Leaving Certificate Examination (including Day School Certificate (Higher) General paper), 1939
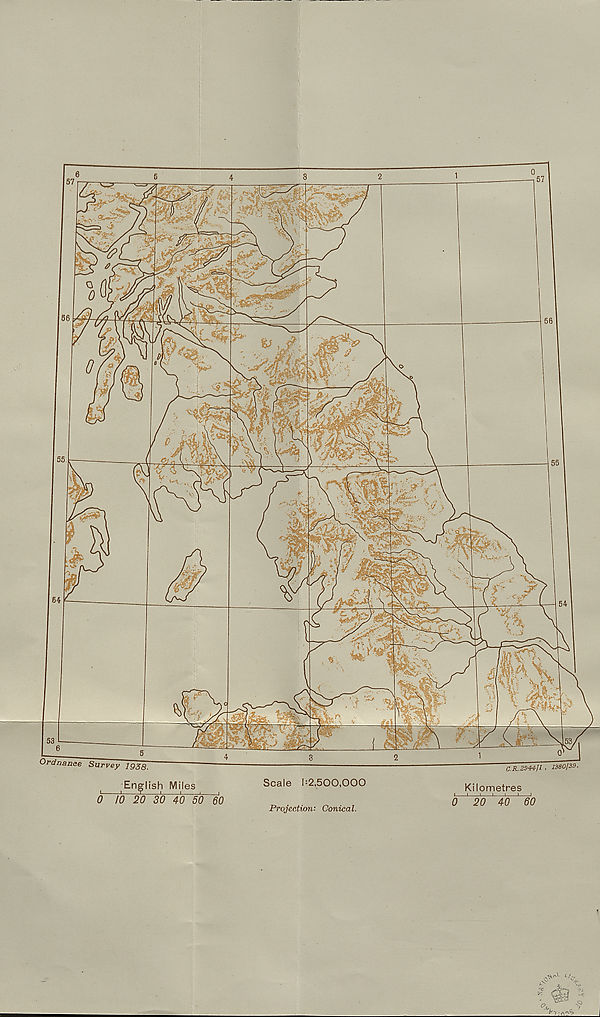
C.R..2944]! . 1380139.
Ordnance Survey igsg.
English Miles
0 10 20 30 40 50 60
Scale 1=2,500,000
Kilometres
0 ' 20 ' 40 ' 60
£ / o
CV
c .
■ fi 1
Projection: Conical.